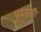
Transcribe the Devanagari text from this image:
प्रदशनी